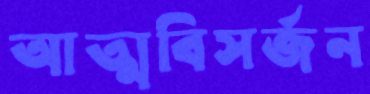
আত্মবিসর্জন